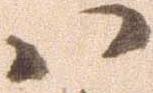
ハ